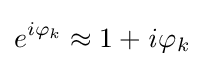
e^{i\varphi _{k}}\approx 1+{\mathit {i}}\varphi _{k}